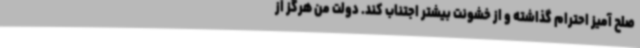
صلح آمیز احترام گذاشته و از خشونت بیشتر اجتناب کند. دولت من هرگز از